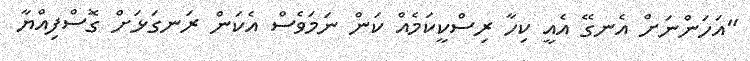
"އަހަންނަށް އެނގޭ އެއީ ކިހާ ރިސްކީކަމެއް ކަން ނަމަވެސް އެކަން ރަނގަޅަށް ގޮސްފިއްޔާ